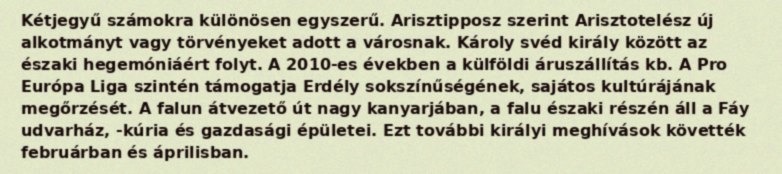
Kétjegyű számokra különösen egyszerű. Arisztipposz szerint Arisztotelész új alkotmányt vagy törvényeket adott a városnak. Károly svéd király között az északi hegemóniáért folyt. A 2010-es években a külföldi áruszállítás kb. A Pro Európa Liga szintén támogatja Erdély sokszínűségének, sajátos kultúrájának megőrzését. A falun átvezető út nagy kanyarjában, a falu északi részén áll a Fáy udvarház, -kúria és gazdasági épületei. Ezt további királyi meghívások követték februárban és áprilisban.